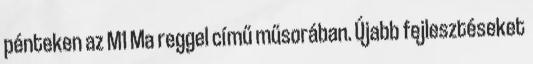
pénteken az M1 Ma reggel című műsorában. Újabb fejlesztéseket